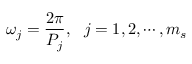
\omega _ { j } = \frac { 2 \pi } { P _ { j } } , ~ ~ j = 1 , 2 , \cdots , m _ { s }